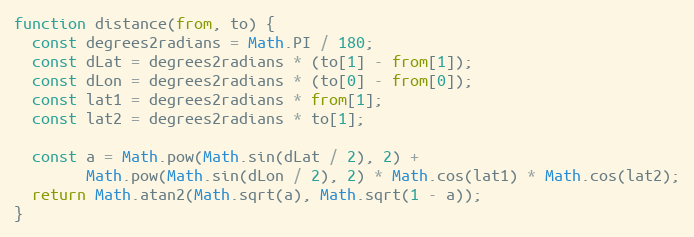
Language: JavaScript
function distance(from, to) {
  const degrees2radians = Math.PI / 180;
  const dLat = degrees2radians * (to[1] - from[1]);
  const dLon = degrees2radians * (to[0] - from[0]);
  const lat1 = degrees2radians * from[1];
  const lat2 = degrees2radians * to[1];

  const a = Math.pow(Math.sin(dLat / 2), 2) +
        Math.pow(Math.sin(dLon / 2), 2) * Math.cos(lat1) * Math.cos(lat2);
  return Math.atan2(Math.sqrt(a), Math.sqrt(1 - a));
}